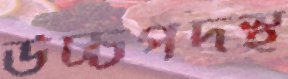
উচ্চপদস্থ